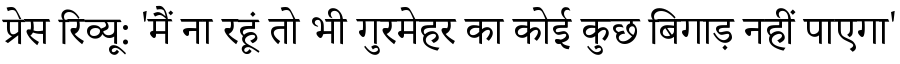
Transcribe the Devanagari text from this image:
प्रेस रिव्यू: 'मैं ना रहूं तो भी गुरमेहर का कोई कुछ बिगाड़ नहीं पाएगा'